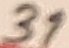
Text: 31